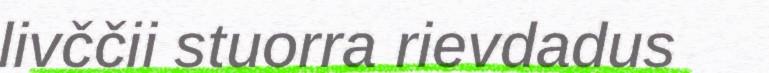
livččii stuorra rievdadus